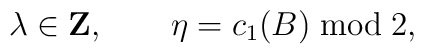
\lambda\in{\bf Z}, \qquad \eta=c_1(B)\;{\rm mod}\; 2,